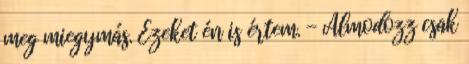
meg miegymás. Ezeket én is értem. - Álmodozz csak